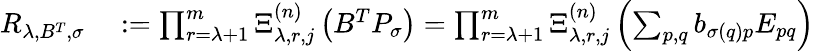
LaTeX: \begin{array}{rl}{R_{\lambda,B^{T},\sigma}}&{{}:=\prod_{r=\lambda+1}^{m}\Xi_{\lambda,r,j}^{(n)}\left(B^{T}P_{\sigma}\right)=\prod_{r=\lambda+1}^{m}\Xi_{\lambda,r,j}^{(n)}\left(\sum_{p,q}b_{\sigma(q)p}E_{pq}\right)}\end{array}